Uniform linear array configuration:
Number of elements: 24
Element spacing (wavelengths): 0.5
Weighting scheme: exponential
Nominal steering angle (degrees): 15
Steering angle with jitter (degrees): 14.825
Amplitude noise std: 0.05
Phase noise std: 0.05

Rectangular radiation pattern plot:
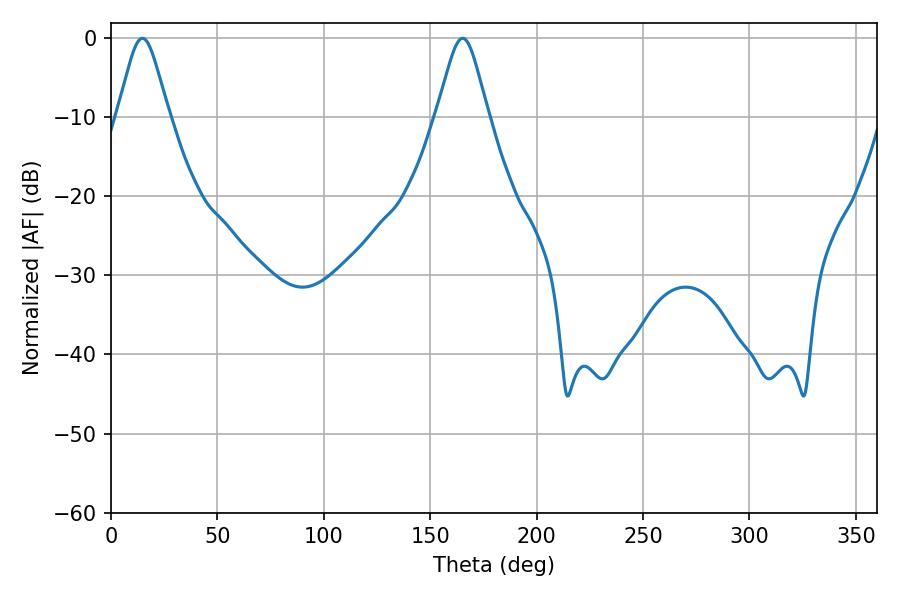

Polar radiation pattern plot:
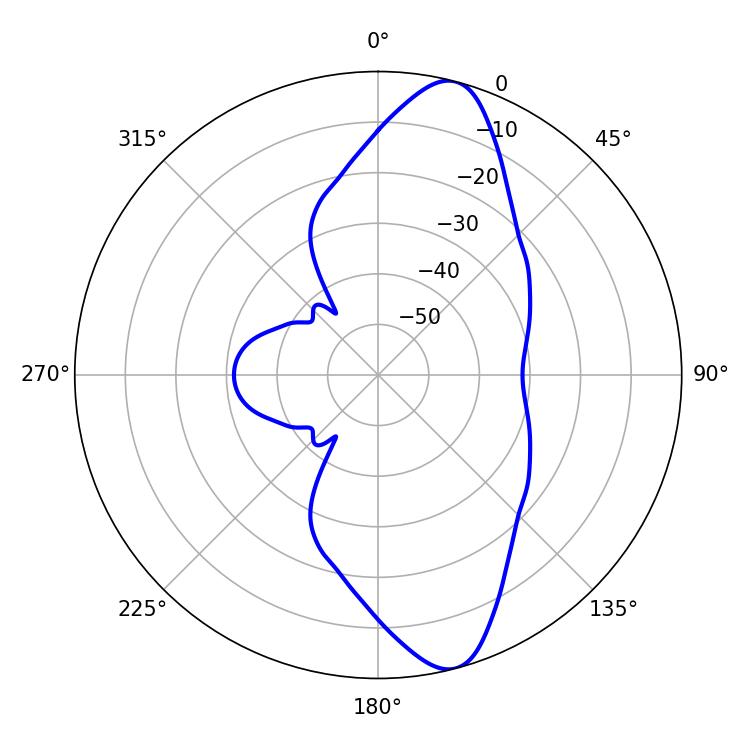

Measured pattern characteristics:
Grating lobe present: FALSE
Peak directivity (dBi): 11.863
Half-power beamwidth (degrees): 11.7
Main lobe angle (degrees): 14.76